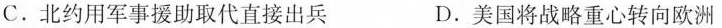
C.北约用军事援助取代直接出兵 D.美国将战略重心转向欧洲